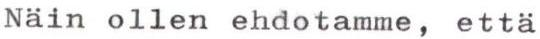
Näin ollen ehdotamme, että